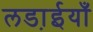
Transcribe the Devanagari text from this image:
लडा़ईयाँ